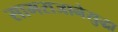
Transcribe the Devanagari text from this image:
सामराजानेसुद्धा